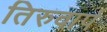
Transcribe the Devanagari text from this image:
तिरुवार्प